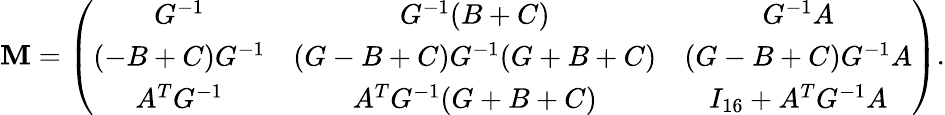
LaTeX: {\cal\mathbf{M}}=\left(\begin{array}{ccc}{{G^{-1}}}&{{G^{-1}(B+C)}}&{{G^{-1}A}}\\ {{(-B+C)G^{-1}}}&{{(G-B+C)G^{-1}(G+B+C)}}&{{(G-B+C)G^{-1}A}}\\ {{A^{T}G^{-1}}}&{{A^{T}G^{-1}(G+B+C)}}&{{I_{16}+A^{T}G^{-1}A}}\end{array}\right).